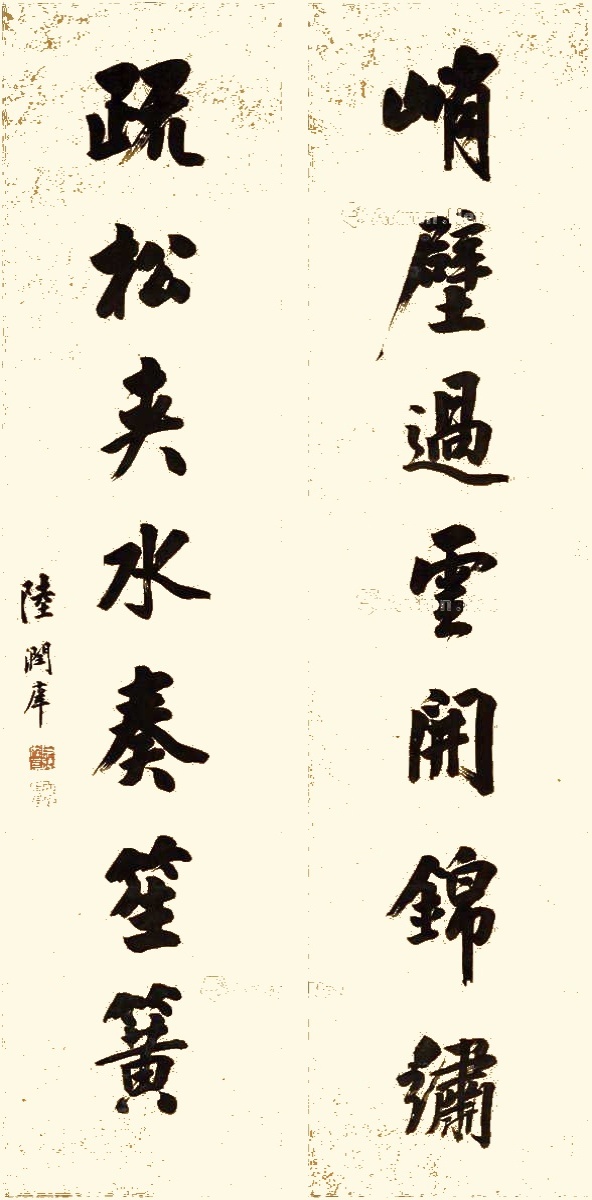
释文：峭壁过云开锦绣，疏松夹水奏笙簧。陆润庠。